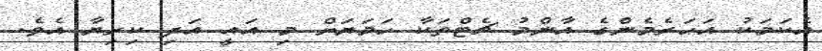
އެކަމަކު އަހަރެމެންގެ އާންމު ޗެޓްތަކާ ހަމަޔަށް މި އައީ އަދި ކިރިޔާ އެވެ.